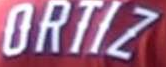
ORTIZ